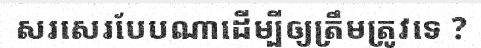
សរសេរបែបណាដើម្បីឲ្យត្រឹមត្រូវទេ ?